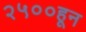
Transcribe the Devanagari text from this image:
२५००हून